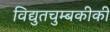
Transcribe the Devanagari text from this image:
विद्युतचुम्बकीकी